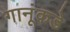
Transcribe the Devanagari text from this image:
गानूंकडे